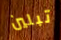
تبلين